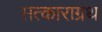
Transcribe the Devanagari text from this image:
सत्काराग्रंथ